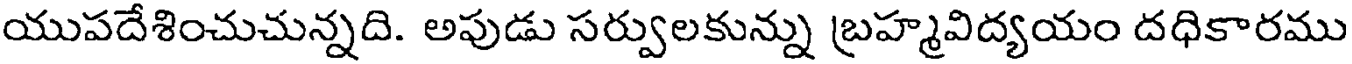
యుపదేశించుచున్నది. అపుడు సర్వులకున్ను బ్రహ్మవిద్యయం దధికారము